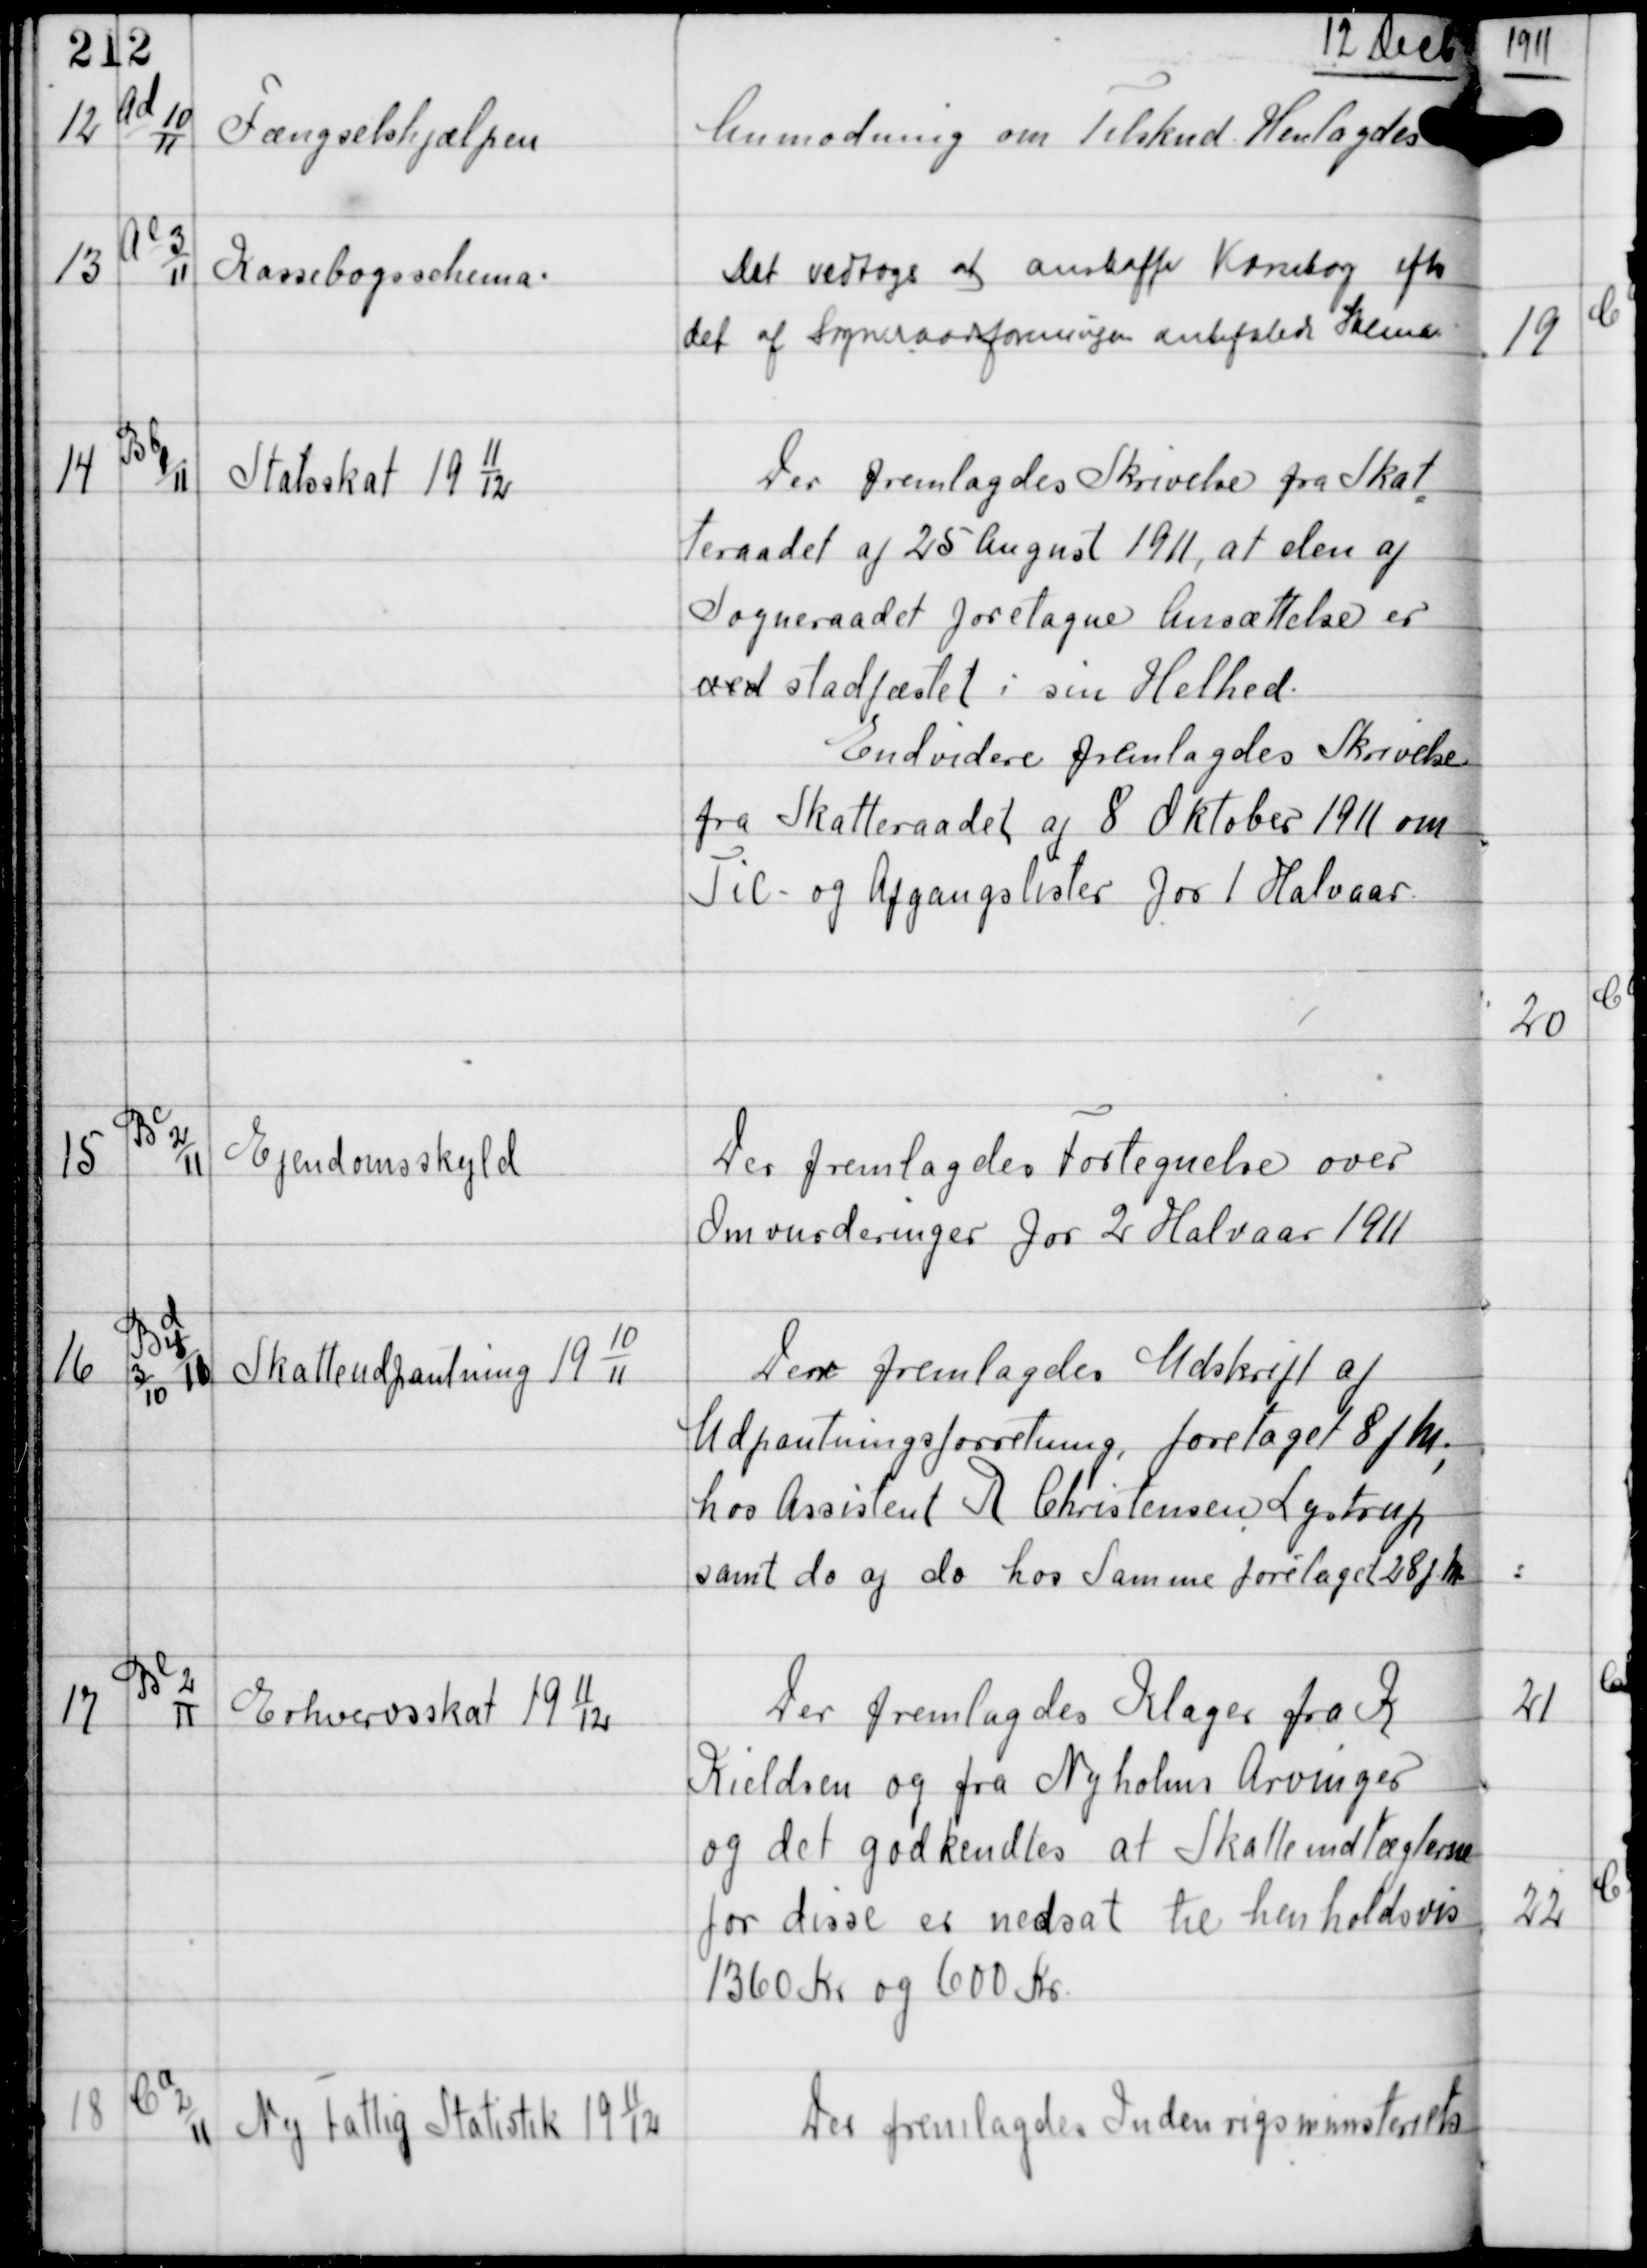
Transskription:
12 Decb

12

Ad
10
11

Fængselshjælpen

Anmodning om Tilskud Henlagdes

13

Ae
3
11

Kassebogsschema.

Det vedtoges at anskaffe Kassebog efter
det af Sogneraadsforeningen anbefalede Skema

14

Bb
1
11

Statsskat 19
11
12

Der fremlagdes Skrivelse fra Skat
teraadet af 25 August 1911, at den af
Sogneraadet foretagne Ansættelse er
ved stadfæstet i sin Helhed.
Endvidere fremlagdes Skrivelse
fra Skatteraadet af 8 Oktober 1911 om
Til- og Afgangslister for 1 Halvaar.

15

Bc
2
11

Ejendomsskyld

Der fremlagdes Fortegnelse over
Omvurderinger for 2 Halvaar 1911

16

Bd
3
10
4
11

Skatteudpantning 19
10
11

Der fremlagdes Udskrift af
Udpantningsforretning foretaget 8 fM,
hos Assistent R Christensen Lystrup
samt do og do hos Samme foretaget 28 fM

17

Be
2
11

Erhvervsskat 19
11
12

Der fremlagdes Klager fra K
Kieldsen og fra Nyholms Arvinger
og det godkendtes at Skatteindtægterne
for disse er nedsat til henholdsvis
1360 Kr og 600 Kr.

18

Ca
2
11

Ny Fattig Statistik 19
11
12

Der fremlagdes Indenrigsministeriets